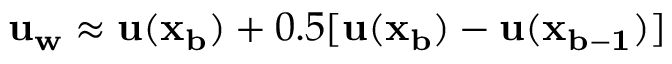
\mathbf { u _ { w } } \approx \mathbf { u } ( \mathbf { x _ { b } } ) + 0 . 5 [ \mathbf { u } ( \mathbf { x _ { b } } ) - \mathbf { u } ( \mathbf { x _ { b - 1 } } ) ]